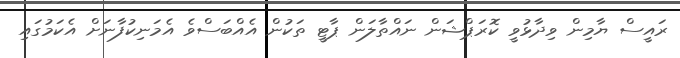
ރައީސް ޔާމިން ވިދާޅުވީ ކޮރަޕްޝަން ނައްތާލަން ޕާޓީ ތަކުން އެއްބަސްވެ އެމަނިކުފާނަށް އެކަމުގައި